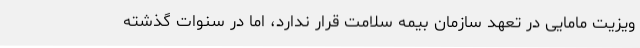
ویزیت مامایی در تعهد سازمان بیمه سلامت قرار ندارد، اما در سنوات گذشته